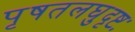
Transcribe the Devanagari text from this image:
पृषतलघुदृष्टः